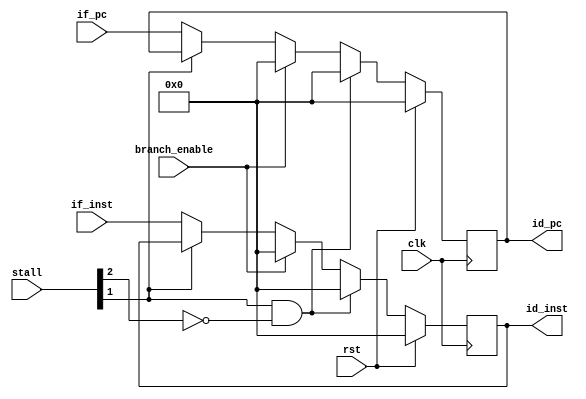
module IFID(
    input wire clk, 
    input wire rst,
    input wire [5:0] stall,

    input wire [31:0] if_pc,
    input wire [31:0] if_inst,
    output reg [31:0] id_pc,
    output reg [31:0] id_inst,

    input wire branch_enable


);
    
always @(posedge clk) begin
    if (rst == 1) begin
        id_pc <= 0;
        id_inst <= 0;
    end
    else if(stall[1] == 1 && stall[2] == 0) begin
        id_pc <= 0;
        id_inst <= 0;
    end  
    else if(branch_enable) begin
        id_pc <= 0;
        id_inst <= 0;
    end
    else if(stall[1] == 0) begin
        id_pc <= if_pc;
        id_inst <= if_inst;
    end
    // else begin
    //     id_pc <= if_pc;
    //     id_inst <= if_inst;
    // end
end
endmodule